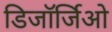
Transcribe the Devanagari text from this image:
डिजॉर्जिओ